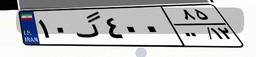
۳۸گ۳۹۲۳۴